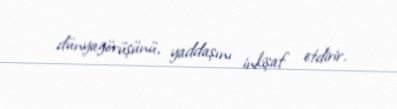
dünyagörüşünü, yaddaşını inkişaf etdirir.